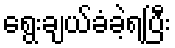
ရွေးချယ်ခံခဲ့ရပြီး